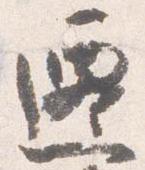
遷